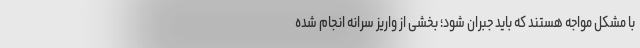
با مشکل مواجه هستند که باید جبران شود؛ بخشی از واریز سرانه انجام شده